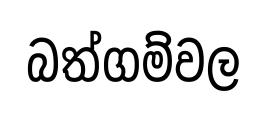
බත්ගම්වල